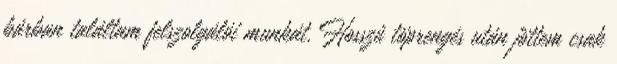
bárban találtam felszolgálói munkát. Hosszú töprengés után jöttem csak